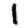
Digit: 1